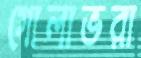
গোলাভরা